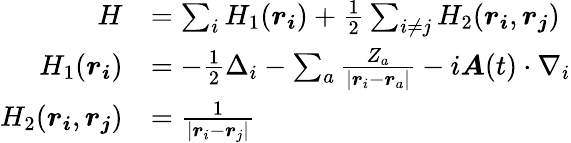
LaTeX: \begin{array}{rl}{H}&{=\sum_{i}H_{1}(\boldsymbol{r_{i}})+\frac{1}{2}\sum_{i\neq j}H_{2}(\boldsymbol{r_{i}},\boldsymbol{r_{j}})}\\ {H_{1}(\boldsymbol{r_{i}})}&{=-\frac{1}{2}\Delta_{i}-\sum_{a}\frac{Z_{a}}{|\boldsymbol{r}_{i}-\boldsymbol{r}_{a}|}-i\boldsymbol{A}(t)\cdot\nabla_{i}}\\ {H_{2}(\boldsymbol{r_{i}},\boldsymbol{r_{j}})}&{=\frac{1}{|\boldsymbol{r}_{i}-\boldsymbol{r}_{j}|}}\end{array}